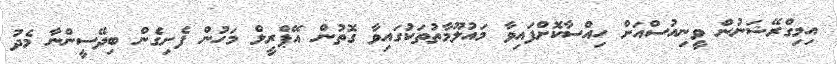
އިމިގްރޭޝަނުން ވީނިއުސްއަށް ހިއްސާކޮށްފައިވާ މައުލޫމާތުތަކުގައިވާ ގޮތުން އޭޕްރީލް މަހުން ފެށިގެން ބިދޭސީންނާ މެދު